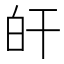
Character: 𤽂